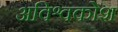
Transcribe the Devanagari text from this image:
अविश्वकोश